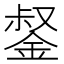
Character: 錖